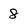
Character: 8